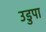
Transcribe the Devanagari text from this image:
उडुपा